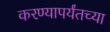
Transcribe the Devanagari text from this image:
करण्यापर्यंतच्या